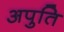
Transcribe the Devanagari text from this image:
अपुति